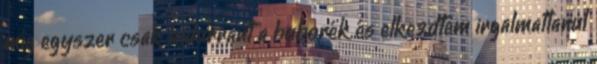
míg egyszer csak kidurrant a buborék és elkezdtem irgalmatlanul